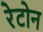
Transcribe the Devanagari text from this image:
रेटोन